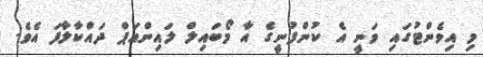
މި އިވެންޓުގައި ވަނީ އެ ކުންފުނީގެ އާ މޯބައިލް ލައިންއަޕް ދައްކާލާފަ އެވެ.